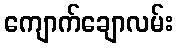
ကျောက်ချောလမ်း